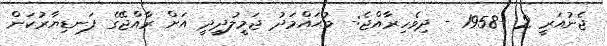
ޖެނުއަރީ 2 -1958 - ދިވެހިރާއްޖެ:- މުޙައްމަދު ޖަމީލުދީދީ އަށް ރާއްޖޭގެ ފަނޑިޔާރުކަން